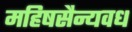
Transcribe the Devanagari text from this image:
महिषसैन्यवध